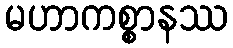
မဟာကစ္စာနဿ